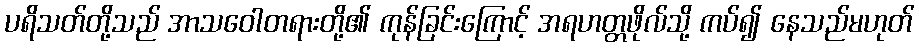
ပရိသတ်တို့သည် အာသဝေါတရားတို့၏ ကုန်ခြင်းကြောင့် အရဟတ္တဖိုလ်သို့ ကပ်၍ နေသည်မဟုတ်